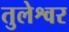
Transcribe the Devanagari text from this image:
तुलेश्वर